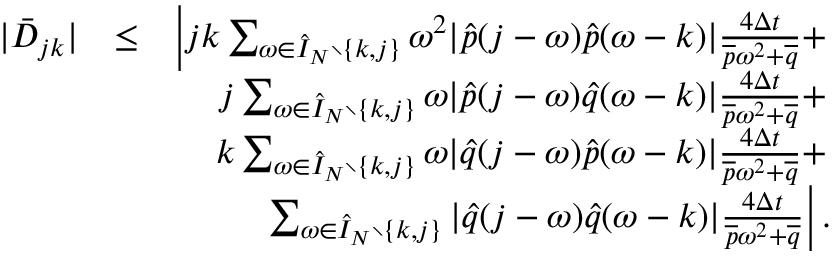
\begin{array} { r l r } { | \bar { D } _ { j k } | } & { \leq } & { \left| j k \sum _ { \omega \in \hat { I } _ { N } \setminus \{ k , j \} } \omega ^ { 2 } | \hat { p } ( j - \omega ) \hat { p } ( \omega - k ) | \frac { 4 \Delta t } { \overline { { p } } \omega ^ { 2 } + \overline { { q } } } + \right. } \\ & { } & { \left. j \sum _ { \omega \in \hat { I } _ { N } \setminus \{ k , j \} } \omega | \hat { p } ( j - \omega ) \hat { q } ( \omega - k ) | \frac { 4 \Delta t } { \overline { { p } } \omega ^ { 2 } + \overline { { q } } } + \right. } \\ & { } & { \left. k \sum _ { \omega \in \hat { I } _ { N } \setminus \{ k , j \} } \omega | \hat { q } ( j - \omega ) \hat { p } ( \omega - k ) | \frac { 4 \Delta t } { \overline { { p } } \omega ^ { 2 } + \overline { { q } } } + \right. } \\ & { } & { \left. \sum _ { \omega \in \hat { I } _ { N } \setminus \{ k , j \} } | \hat { q } ( j - \omega ) \hat { q } ( \omega - k ) | \frac { 4 \Delta t } { \overline { { p } } \omega ^ { 2 } + \overline { { q } } } \right| . } \end{array}